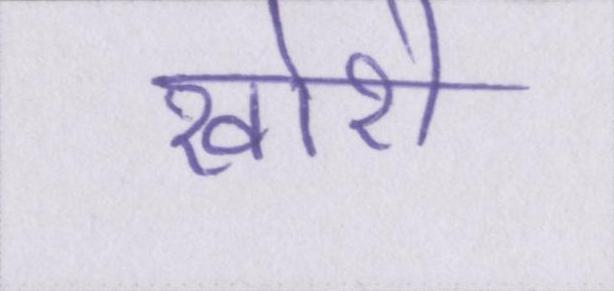
खोरी